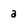
Character: a